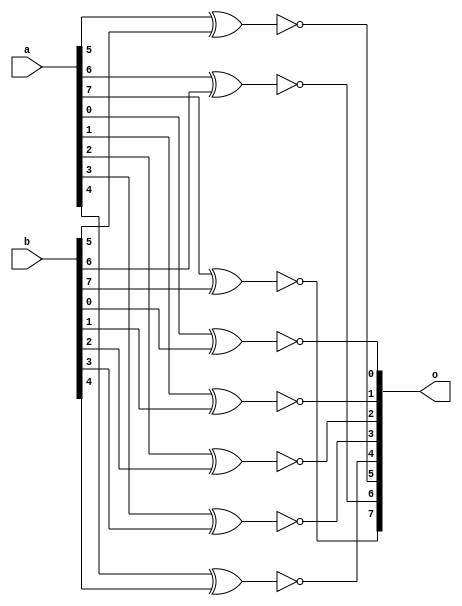
module xnorgate(o,a,b);
	input [7:0] a;
	input [7:0] b;
	output wire [7:0] o;
xnor xnor1(o[0],a[0],b[0]);
xnor xnor2(o[1],a[1],b[1]);
xnor xnor3(o[2],a[2],b[2]);
xnor xnor4(o[3],a[3],b[3]);
xnor xnor5(o[4],a[4],b[4]);
xnor xnor6(o[5],a[5],b[5]);
xnor xnor7(o[6],a[6],b[6]);
xnor xnor8(o[7],a[7],b[7]);
	

endmodule